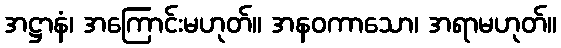
အဋ္ဌာနံ၊ အကြောင်းမဟုတ်။ အနဝကာသော၊ အရာမဟုတ်။